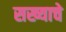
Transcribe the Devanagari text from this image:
सख्याचे